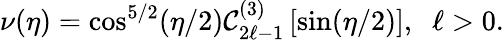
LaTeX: \nu(\eta)=\cos^{5/2}(\eta/2)\mathcal{C}_{2\ell-1}^{(3)}\left[\sin(\eta/2)\right],\; \; \ell>0.